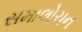
સમાલોચન